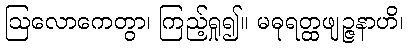
ဩလောကေတွာ၊ ကြည့်ရှု၍။ မဓုရတ္ထဖျဉ္ဇနာဟိ၊